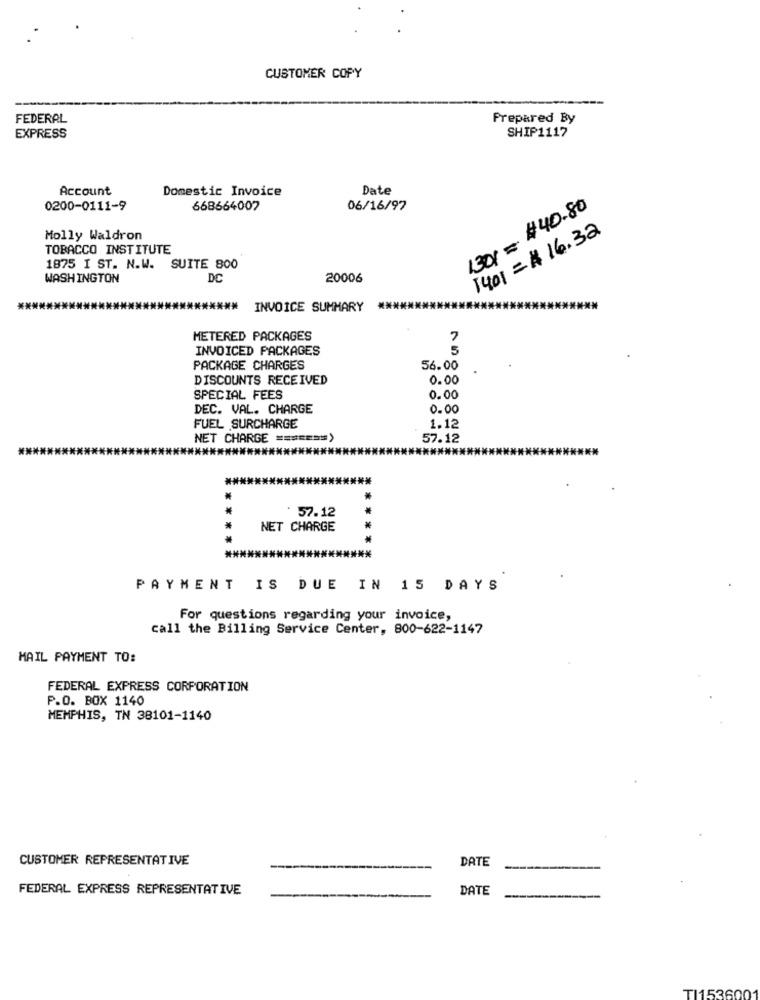
CUSTOMER COPY
FEDERAL
Prepared By
SHIP1117
EXPRESS
Account
Domestic Invoice
Date
0200-0111-9
668664007
06/16/97
1301= $40.80
1401 = $ 16.32
Molly Waldron
TOBACCO INSTITUTE
1875 I ST. N.W. SUITE 800
WASHINGTON
DC
20006
INVOICE SUMMARY
METERED PACKAGES
INVOICED PACKAGES
5
PACKAGE CHARGES
56.00
DISCOUNTS RECEIVED
0.00
SPECIAL FEES
0.00
DEC. VAL. CHARGE
0.00
FUEL SURCHARGE
1.12
NET CHARGE ======= >
57.12
57.12
NET CHARGE
****
PAYMENT IS DUE IN 15 DAYS
For questions regarding your invoice,
call the Billing Service Center, 800-622-1147
MAIL PAYMENT TO:
FEDERAL EXPRESS CORPORATION
P.O. BOX 1140
MEMPHIS, TN 38101-1140
CUSTOMER REPRESENTATIVE
DATE
FEDERAL EXPRESS REPRESENTATIVE
DATE
TI153600